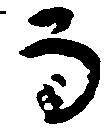
而